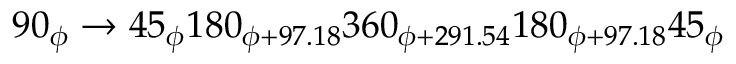
9 0 _ { \phi } \rightarrow 4 5 _ { \phi } 1 8 0 _ { \phi + 9 7 . 1 8 } 3 6 0 _ { \phi + 2 9 1 . 5 4 } 1 8 0 _ { \phi + 9 7 . 1 8 } 4 5 _ { \phi }